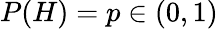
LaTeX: P(H)=p\in(0,1)